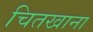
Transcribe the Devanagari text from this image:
चितखाना